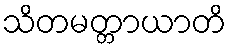
သိတမတ္တာယာတိ